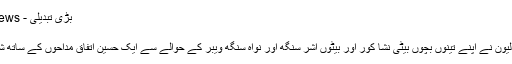
بڑی تبدیلی - Khouj News
بڑی تبدیلی
اداکارہ سنی لیون نے اپنے تینوں بچوں بیٹی نشا کور اور بیٹوں اشر سنگھ اور نواہ سنگھ ویبر کے حوالے سے ایک حسین اتفاق مداحوں کے ساتھ شیئر کیا ہے۔